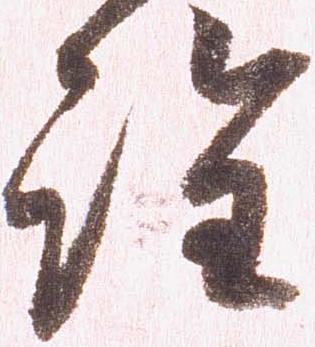
詮